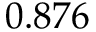
\phantom { - } 0 . 8 7 6